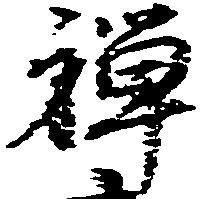
禅